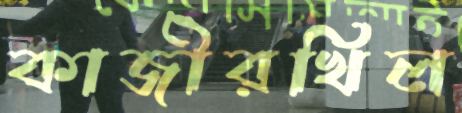
কাজীরখিল